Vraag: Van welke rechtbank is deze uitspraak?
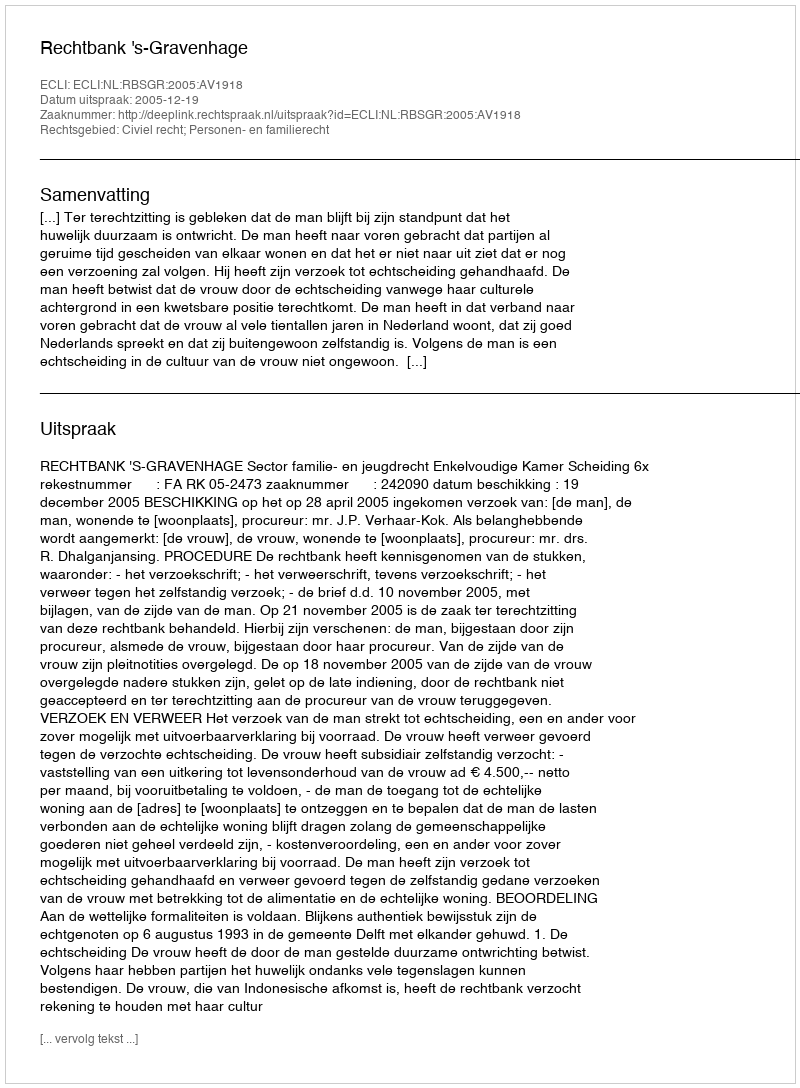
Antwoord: Rechtbank 's-Gravenhage